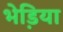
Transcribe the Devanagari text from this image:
भेडि़या